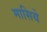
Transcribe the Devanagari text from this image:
मासिये